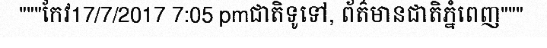
"""កែវ17/7/2017 7:05 pmជាតិទូទៅ, ព័ត៌មានជាតិភ្នំពេញ"""